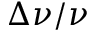
\Delta \nu / \nu